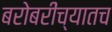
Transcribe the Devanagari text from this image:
बरोबरींच्यातच